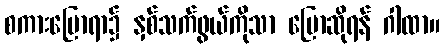
စကားပြောရာ၌ နှစ်သက်ဖွယ်ကိုသာ ပြောဆိုရန် ဂါထာ။